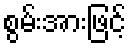
စွမ်းအားဖြင့်